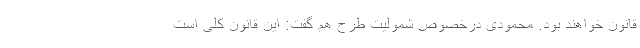
قانون خواهند بود. محمودی درخصوص شمولیت طرح هم گفت: این قانون کلی است